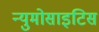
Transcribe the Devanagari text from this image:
न्युमोसाइटिस